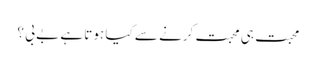
محبت ہی محبت کرنے سے کیا ہوتا ہے بے بی ؟